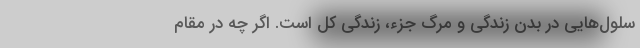
سلول‌هایی در بدن زندگی و مرگِ جزء، زندگیِ کل است. اگر چه در مقامِ